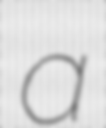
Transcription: a